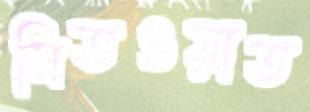
সিতওয়াত